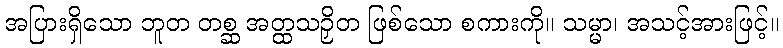
အပြားရှိသော ဘူတ တစ္ဆ အတ္ထသဉှိတ ဖြစ်သော စကားကို။ သမ္မာ၊ အသင့်အားဖြင့်။